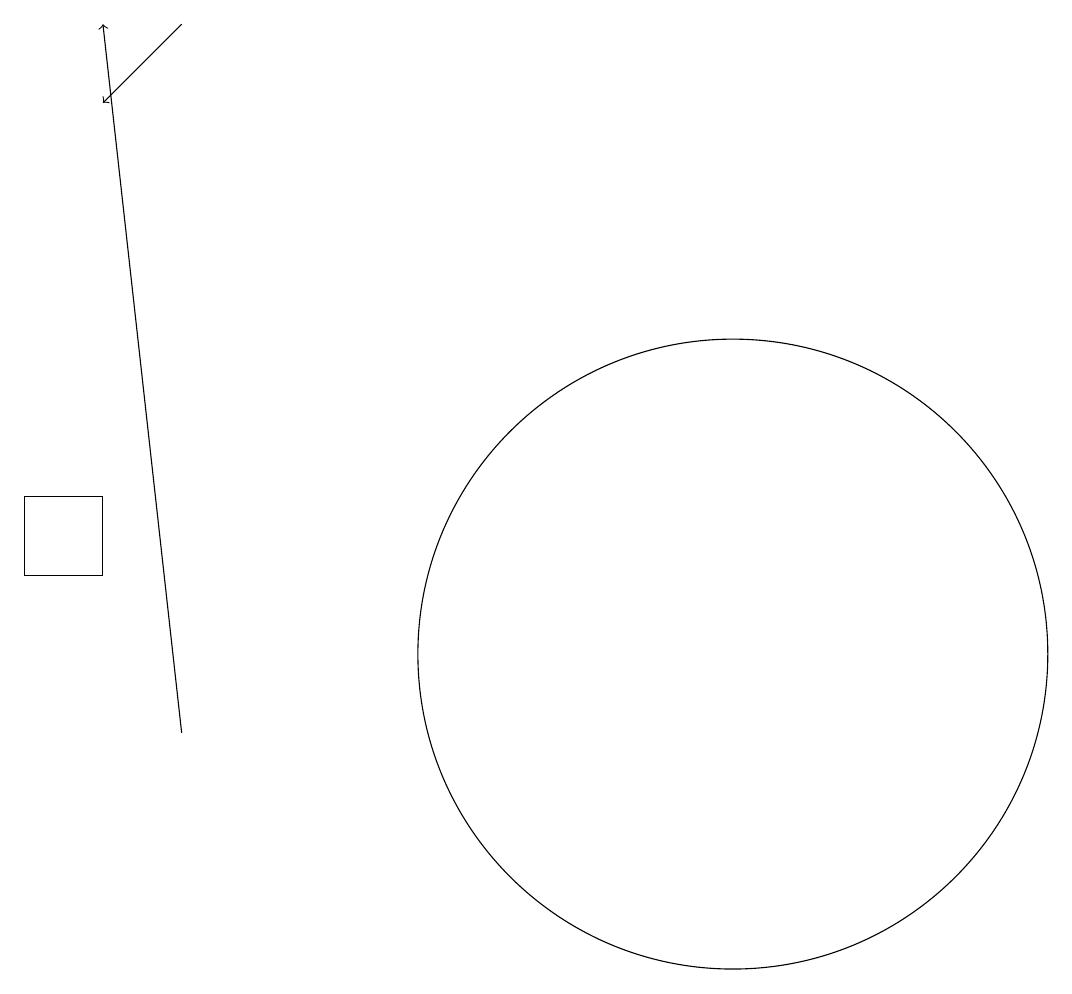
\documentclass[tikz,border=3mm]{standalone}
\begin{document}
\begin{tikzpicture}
\draw[->] (3,10) -- (2,19);
\draw (1,13) rectangle (2,12);
\draw (10,11) circle (4);
\draw[->] (3,19) -- (2,18);
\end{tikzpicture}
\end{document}